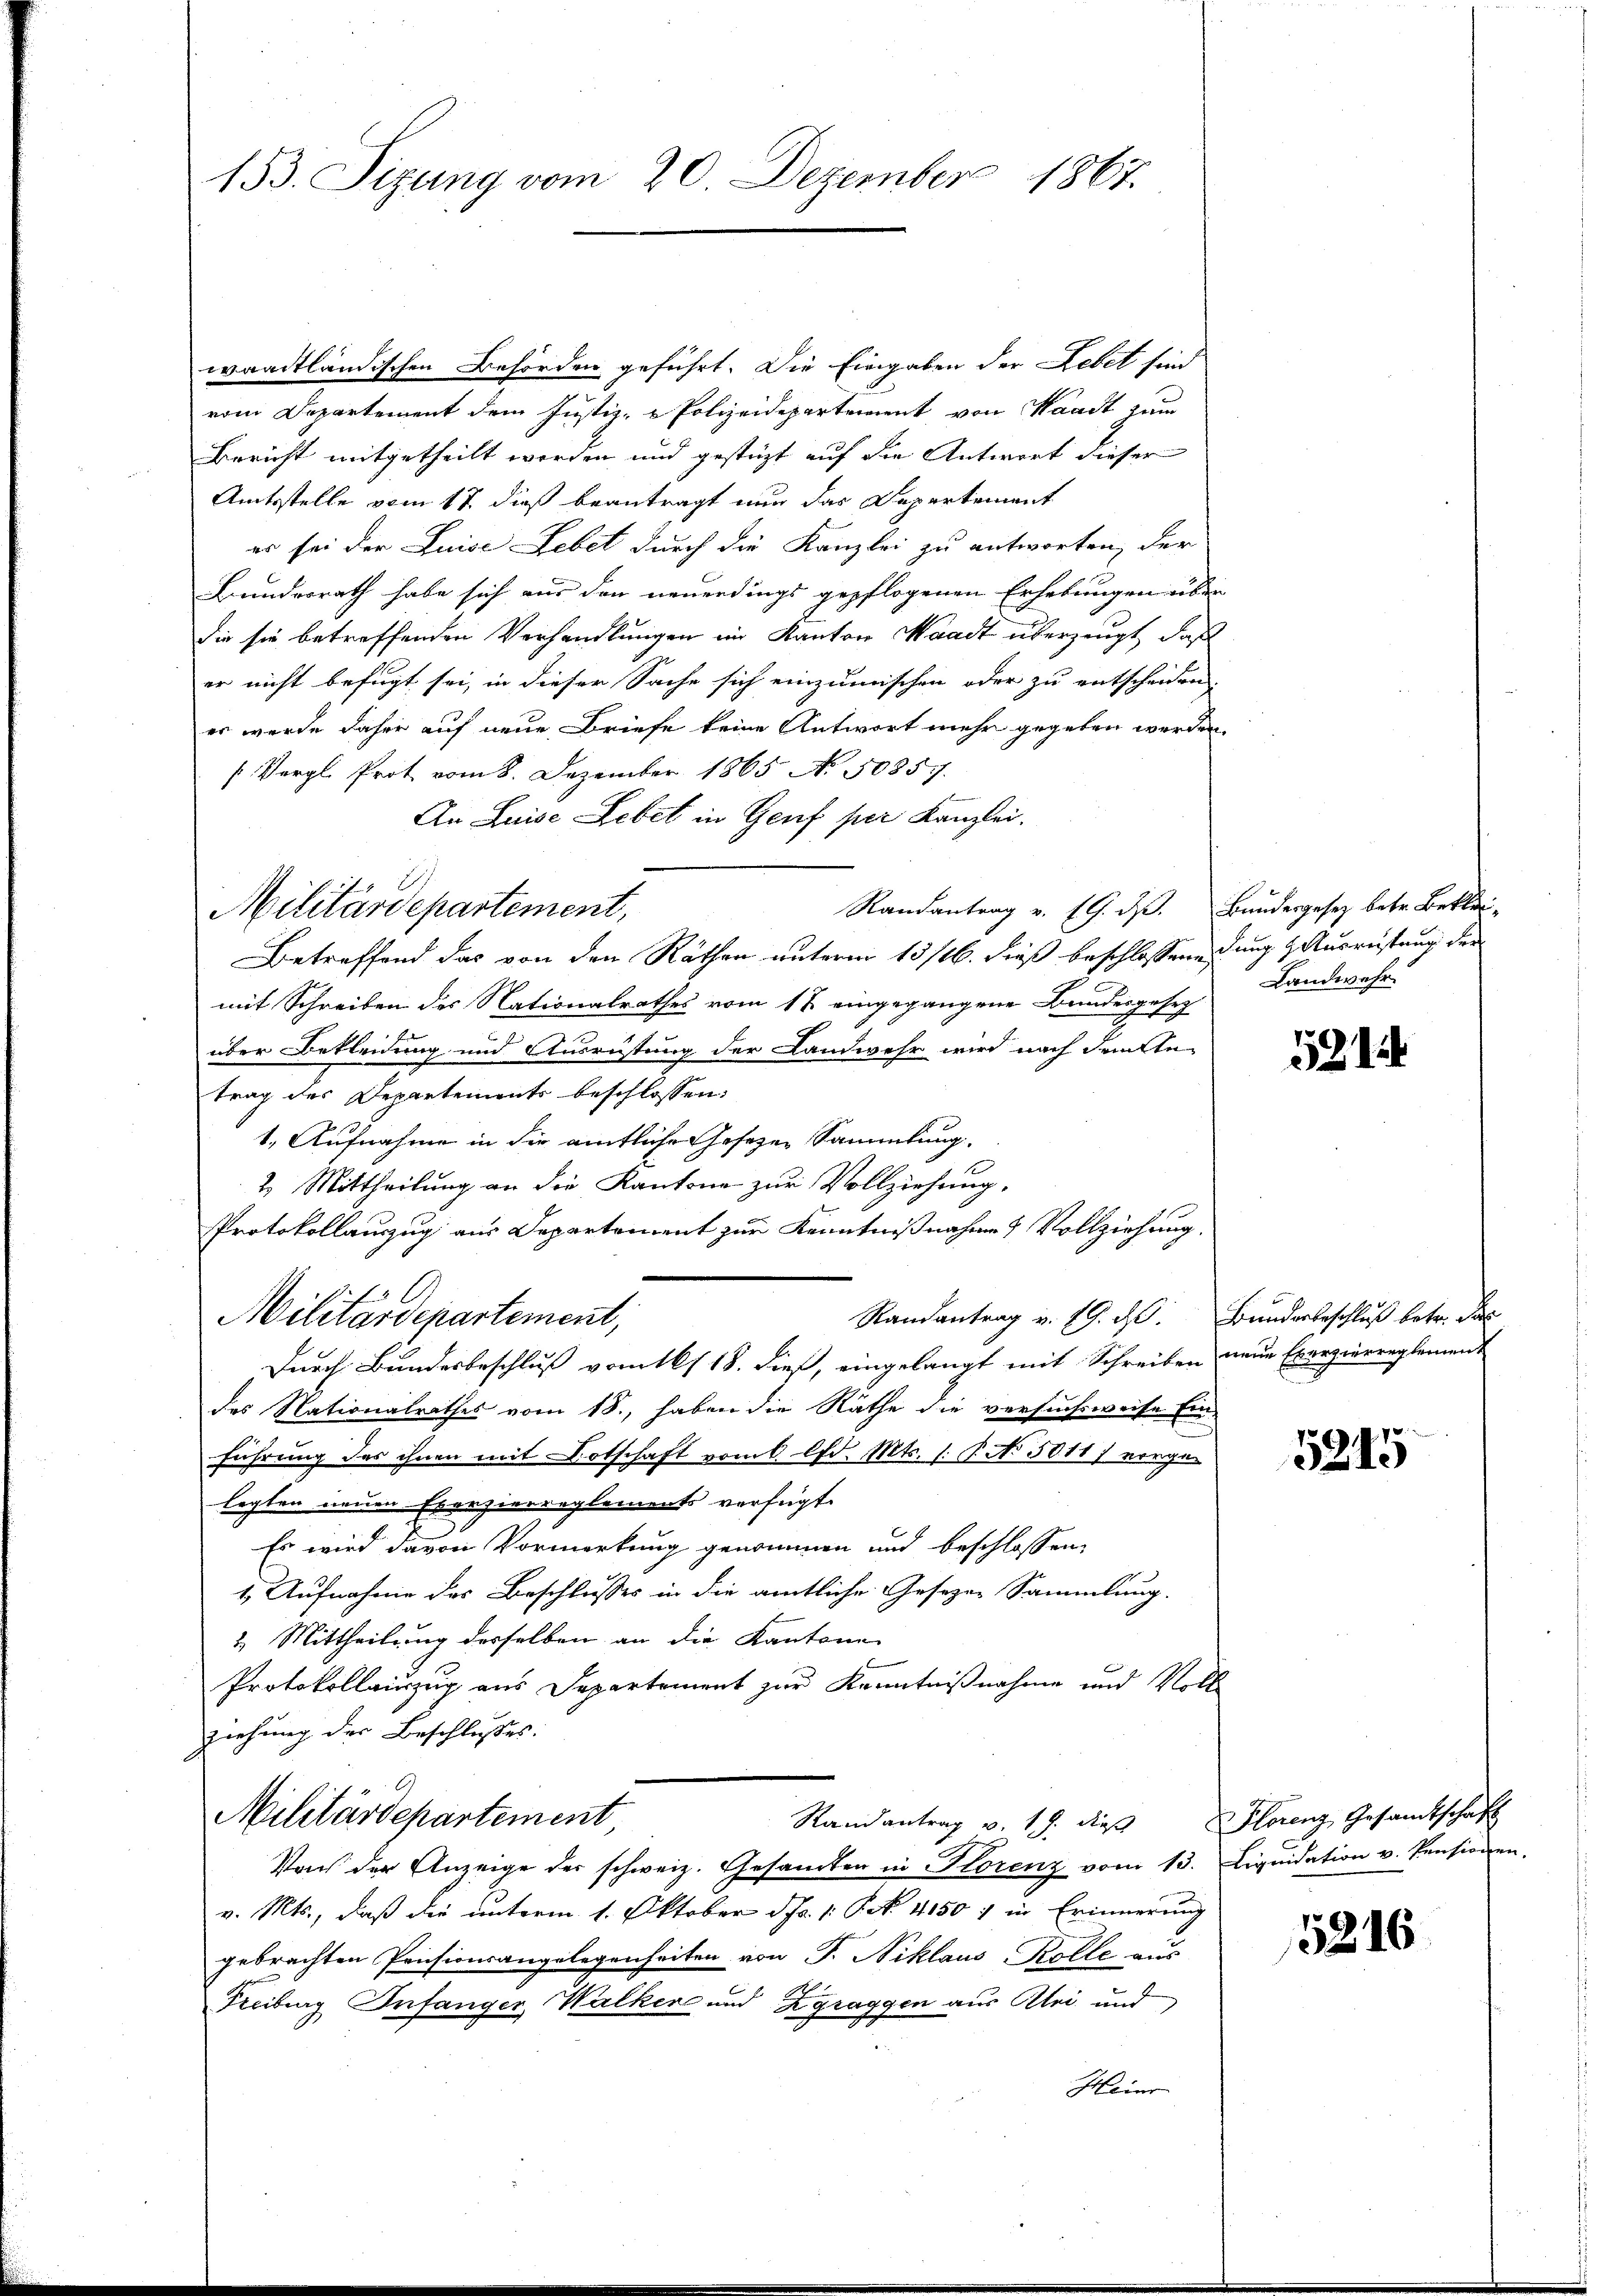
153. Sizung vom 20. Dezember 1867.

waadtländischen Behörden geführt. Die Eingaben der Lebet sind
vom Departement dem Justiz- & Polizeidepartement von Waadt zum
Bericht mitgetheilt werden und gestüzt auf die Antwort dieser
Amtsstelle vom 17. dieß beantragt nun das Departement
er sei der Luise Lebet durch die Kanzlei zu antworten, der
Bundesrath habe sich aus den neuerdings gepflogenen Erhebungen über
die sie betreffenden Verhandlungen im Kanton Waadt überzeugt, daß
er nicht befugt sei, in dieser Sache sich einzumischen oder zu entscheiden.
es wurde daher auf neue Briefe keine Antwort mehr gegeben werden.
(Vergl. Prot vom 8. Dezember 1865 No 50857.
An Luise Lebet in Genf per Kanzlei.
Randantrag v. 19. d. Bundesgesetz betr. Beklei-
Betreffend das von den Räthen unterm 13/16. dieß beschlossene dung & Ausweistung der
mit Schreiben des Nationalrathes vom 17 eingegangene Bundesgesetz
über Bekleidung und Ausrüstung der Landwehr wird nach dritte
trag der Departements beschlossen:
1. Aufnahme in die amtliche Gesezen Sammlung
2. Mittheilung an die Kantone zur Vollziehung,
Protokollauszug aus Departement zur Kenntnißnahme & Vollziehung.
Randantrag v. 19. d. Bundesbeschluß betr. das
Militärdepartement,
Durch Bundesbeschluß vom 16/18. dieß, eingelangt mit Schreiben neue Exerzierreglement
des Nationalrathes vom 18., haben die Räthe die versuchsweise Ein
führung des ihnen mit Botschaft vom 6 lfd. Mts. 1. P. No 3011) vorge-
legten neuen Exerzierreglements verfügt:
Es wird davon Vormerkung genommen und beschlossen,
1. Aufnahme des Beschlusses in die amtliche Gesezen Sammlung.
2. Mittheilung derselben an die Kantone
Protokollinzug aus Departement zur Kenntnißnahme und Voll
ziehung der Beschlusses.
Militärdepartement,
Randantrag v. 18. dieβ Florenz Gesamtschaft
Von der Anzeige der schweiz. Gesamten in Florenz vom 13. Liqŭidation u. Pensionen,
v. Mts., daß die unterm 1. Oktober dr. 1. P. N. 1150 : in Erinnerung
gebrachten Prisionsangelegenheiten von P. Niklaus Rolle aus
Freiburg Infanger Walken und Zgraggen aus Alei und
Heinr

Militärdepartement,

Landwehr

521

5215

15246